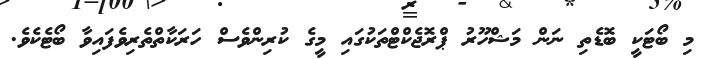
މި ބޯޓަކީ ބޮޑެތި ނަން މަޝްހޫރު ޕްރޮޖެކްޓްތަކުގައި މީގެ ކުރިންވެސް ހަރަކާތްތެރިވެފައިވާ ބޯޓެކެވެ.